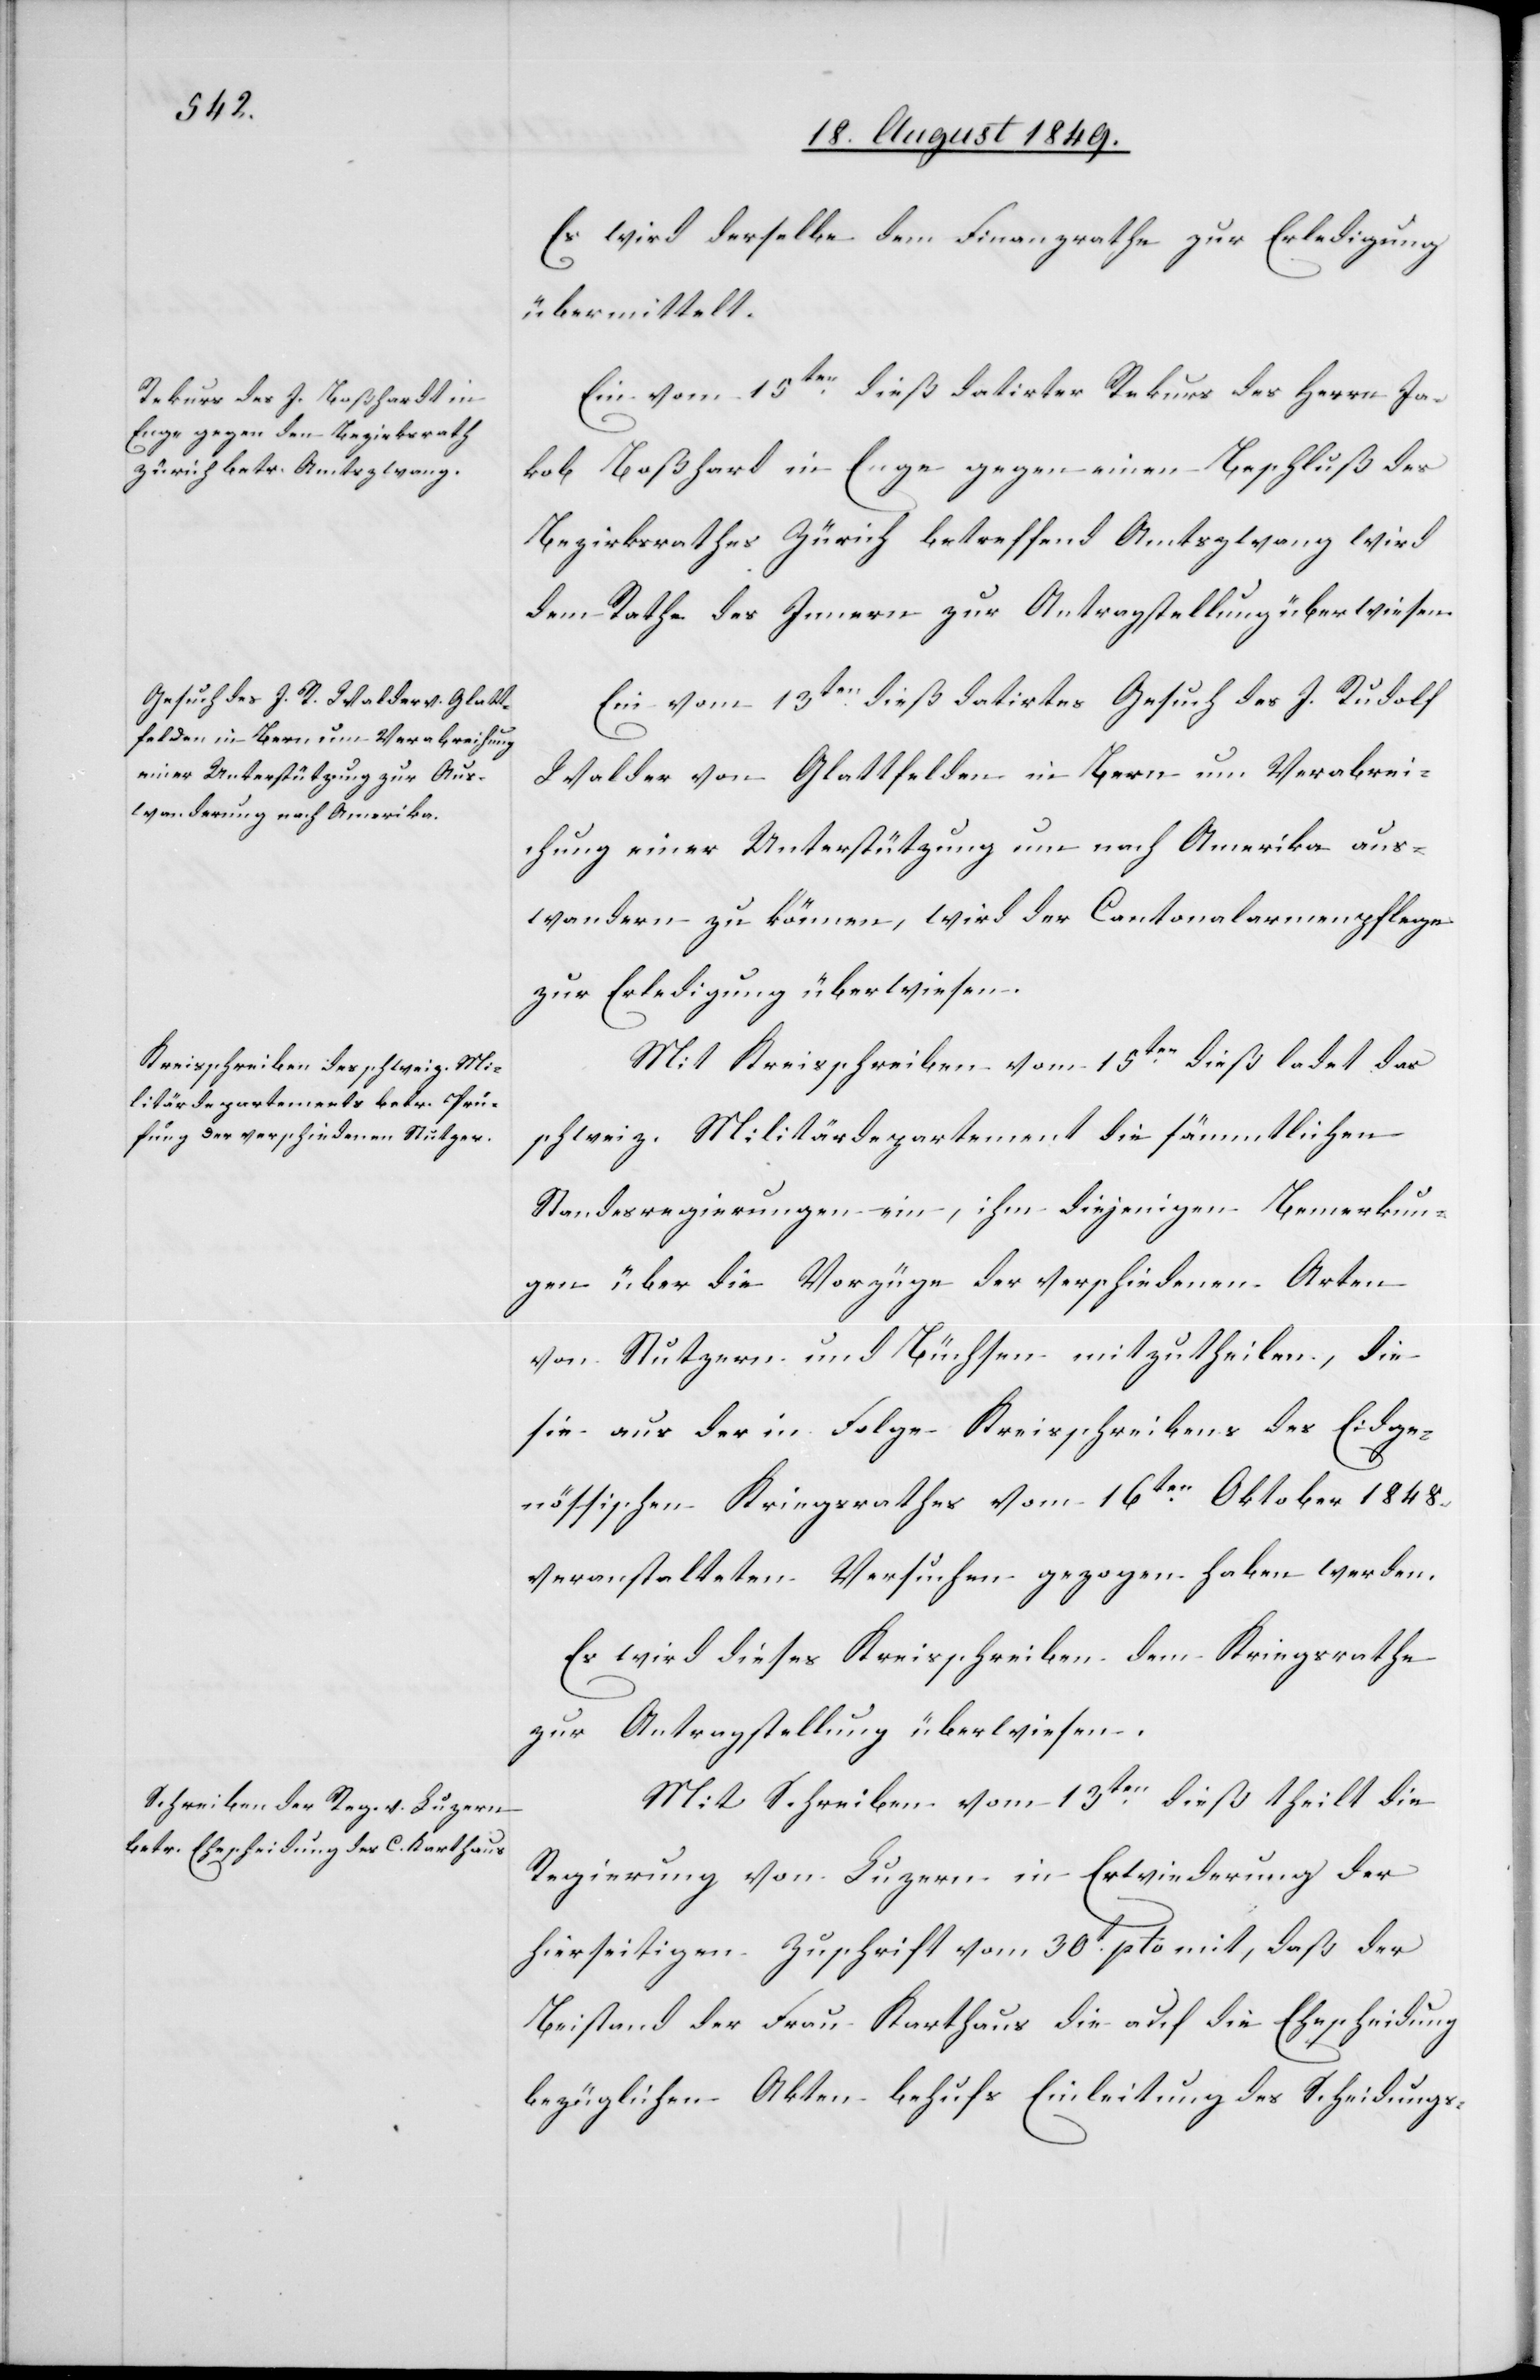
Es wird derselbe dem Finanzrathe zur Erledigung
übermittelt.
Ein vom 15ten dieß datirter Rekurs des Herrn Ja¬
kob Boßhard in Enge gegen einen Beschluß des
Bezirksrathes Zürich betreffend Amtszwang wird
dem Rathe des Innern zur Antragstellung überwiesen.
Ein vom 13ten dieß datirtes Gesuch des J. Rudolf
Walder von Glattfelden in Bern um Verabrei¬
chung einer Unterstützung um nach Amerika aus¬
wandern zu können, wird der Cantonalarmenpflege
zur Erledigung überwiesen.
Mit Kreisschreiben vom 15ten dieß ladet das
schweiz. Militärdepartement die sämmtlichen
Standesregierungen ein, ihm diejenigen Bemerkun¬
gen über die Vorzüge der verschiedenen Arten
von Stutzern und Büchsen mitzutheilen, die
sie aus der in Folge Kreisschreibens des Eidge¬
nössischen Kriegsrathes vom 16ten Oktober 1848.
veranstalteten Versuchen gezogen haben werden.
Es wird dieses Kreisschreiben dem Kriegsrathe
zur Antragstellung überwiesen.
Mit Schreiben vom 13ten dieß theilt die
Regierung von Luzern in Erwiederung der
hierseitigen Zuschrift vom 30t pto mit, daß der
Beistand der Frau Karthaus die auf die Ehescheidung
bezüglichen Akten behufs Einleitung des Scheidungs-